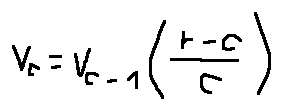
v _ { c } = v _ { c - 1 } ( \frac { r - c } { c } )